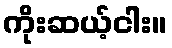
ကိုးဆယ့်ငါး။